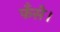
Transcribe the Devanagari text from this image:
फँसे।